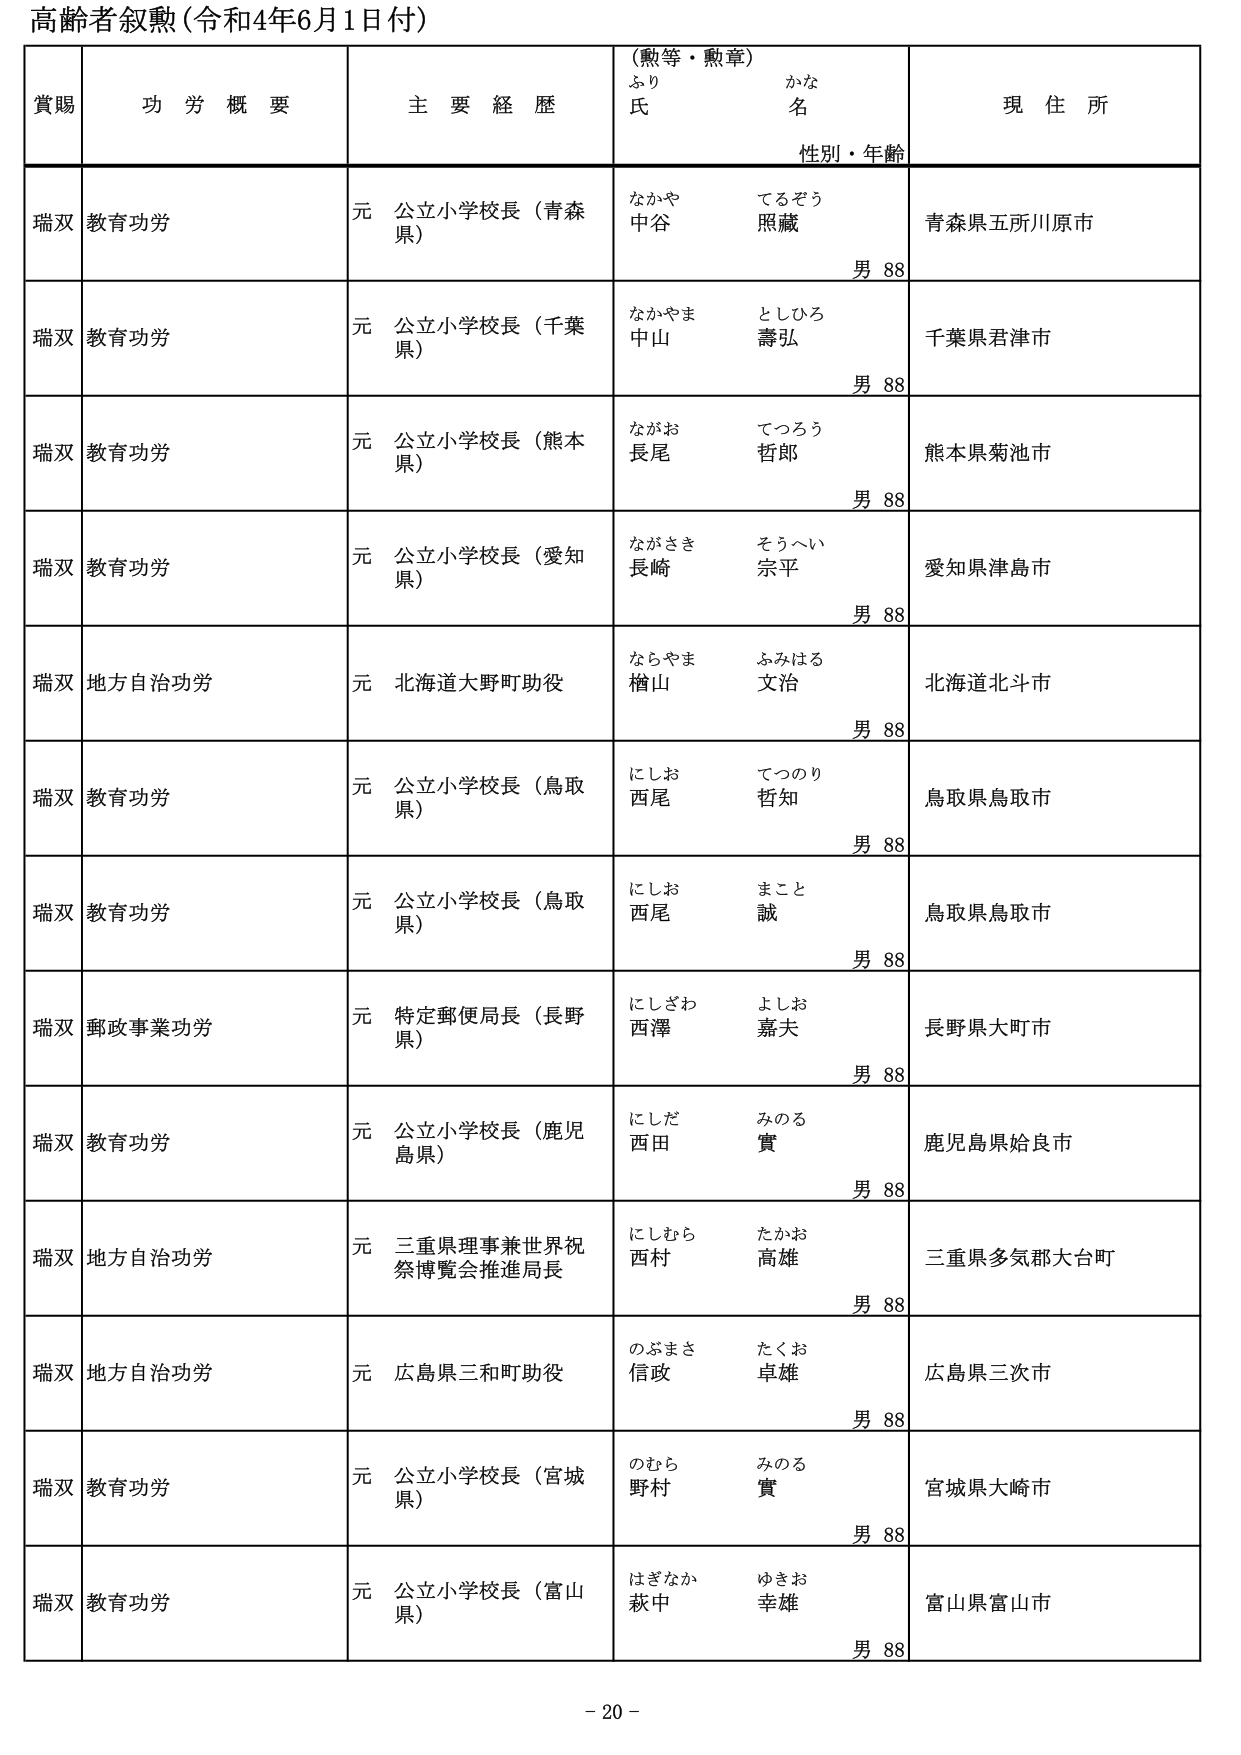
高齢者叙勲（令和4年6月1日付）

賞賜　　功労概要　　主要経歴　　（勲等・勲章）　　現住所
　　　　　　　　　　　　　　ふりがな　　かな　　性別・年齢
　　　　　　　　　　　　　　氏　　　　名

瑞双　教育功労　　元 公立小学校長（青森県）　　なかや　てるぞう　　青森県五所川原市
　　　　　　　　　　　　　　　　　　　　　　中谷　照蔵　　　　　　男 88

瑞双　教育功労　　元 公立小学校長（千葉県）　　なかやま　としひろ　　千葉県君津市
　　　　　　　　　　　　　　　　　　　　　　中山　壽弘　　　　　　男 88

瑞双　教育功労　　元 公立小学校長（熊本県）　　ながお　てつろう　　熊本県菊池市
　　　　　　　　　　　　　　　　　　　　　　長尾　哲郎　　　　　　男 88

瑞双　教育功労　　元 公立小学校長（愛知県）　　ながさき　そうへい　　愛知県津島市
　　　　　　　　　　　　　　　　　　　　　　長崎　宗平　　　　　　男 88

瑞双　地方自治功労　　元 北海道大野町助役　　ならやま　ふみはる　　北海道北斗市
　　　　　　　　　　　　　　　　　　　　　　楢山　文治　　　　　　男 88

瑞双　教育功労　　元 公立小学校長（鳥取県）　　にしお　てつのり　　鳥取県鳥取市
　　　　　　　　　　　　　　　　　　　　　　西尾　哲知　　　　　　男 88

瑞双　教育功労　　元 公立小学校長（鳥取県）　　にしお　まこと　　鳥取県鳥取市
　　　　　　　　　　　　　　　　　　　　　　西尾　誠　　　　　　男 88

瑞双　郵政事業功労　　元 特定郵便局長（長野県）　　にしざわ　よしお　　長野県大町市
　　　　　　　　　　　　　　　　　　　　　　西澤　嘉夫　　　　　　男 88

瑞双　教育功労　　元 公立小学校長（鹿児島県）　　にしだ　みのる　　鹿児島県姶良市
　　　　　　　　　　　　　　　　　　　　　　西田　實　　　　　　男 88

瑞双　地方自治功労　　元 三重県理事兼世界祝祭博覧会推進局長　　にしむら　たかお　　三重県多気郡大台町
　　　　　　　　　　　　　　　　　　　　　　　　　　　　　　　　西村　高雄　　　　　　男 88

瑞双　地方自治功労　　元 広島県三和町助役　　のぶまさ　たくお　　広島県三次市
　　　　　　　　　　　　　　　　　　　　　　信政　卓雄　　　　　　男 88

瑞双　教育功労　　元 公立小学校長（宮城県）　　のむら　みのる　　宮城県大崎市
　　　　　　　　　　　　　　　　　　　　　　野村　實　　　　　　男 88

瑞双　教育功労　　元 公立小学校長（富山県）　　はぎなか　ゆきお　　富山県富山市
　　　　　　　　　　　　　　　　　　　　　　萩中　幸雄　　　　　　男 88

- 20 -